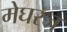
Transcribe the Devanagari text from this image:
मेघरज